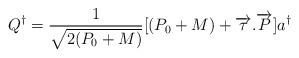
LaTeX: \begin{align*}Q^\dagger = \frac{1}{\sqrt{2(P_0 +M)}}[(P_0 +M)+\overrightarrow{\tau}.\overrightarrow{P}] a^\dagger\end{align*}